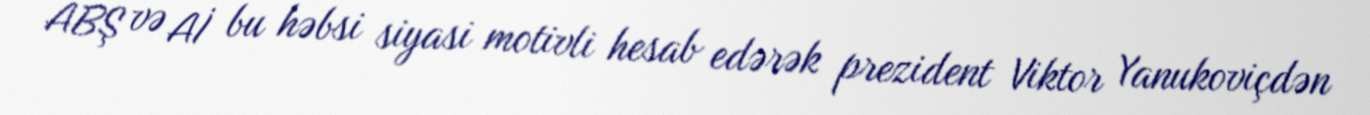
ABŞ və Aİ bu həbsi siyasi motivli hesab edərək prezident Viktor Yanukoviçdən